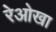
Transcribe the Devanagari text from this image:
रेओखा